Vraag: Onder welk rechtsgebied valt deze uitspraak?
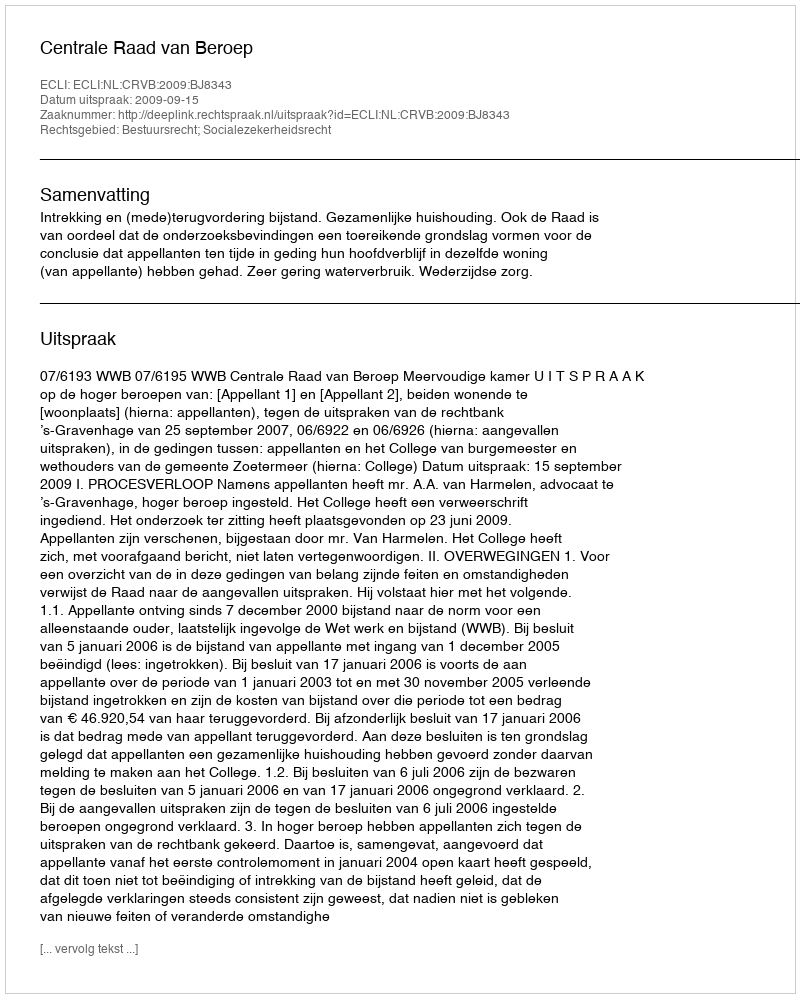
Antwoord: Bestuursrecht; Socialezekerheidsrecht